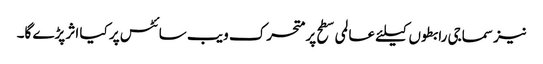
نیز سماجی رابطوں کیلئے عالمی سطح پر متحرک ویب سائٹس پر کیا اثر پڑے گا۔